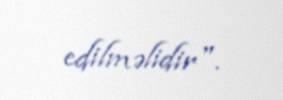
edilməlidir".